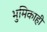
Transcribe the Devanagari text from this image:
भुमिकाही